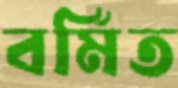
বর্মিত